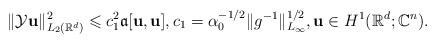
LaTeX: \begin{align*}\Vert \mathcal{Y}\mathbf{u}\Vert ^2 _{L_2(\mathbb{R}^d)}\leqslant c_1^2\mathfrak{a}[\mathbf{u},\mathbf{u}],c_1=\alpha _0^{-1/2}\Vert g^{-1}\Vert ^{1/2}_{L_\infty},\mathbf{u}\in H^1(\mathbb{R}^d;\mathbb{C}^n).\end{align*}